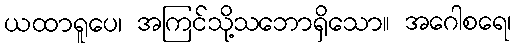
ယထာရူပေ၊ အကြင်သို့သဘောရှိသော။ အဂေါစရေ၊